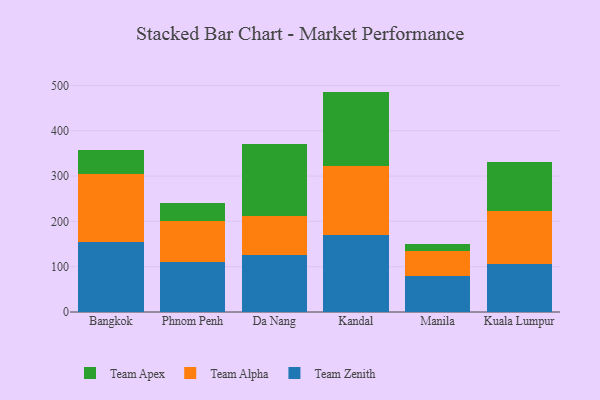
{"axis": {"x": "City", "y": "Tickets Resolved"}, "legend": ["Team Alpha", "Team Apex", "Team Zenith"], "data": [{"x": "Bangkok", "y": 155.1, "type": "Team Zenith"}, {"x": "Bangkok", "y": 149.9, "type": "Team Alpha"}, {"x": "Bangkok", "y": 51.9, "type": "Team Apex"}, {"x": "Phnom Penh", "y": 109.5, "type": "Team Zenith"}, {"x": "Phnom Penh", "y": 91.9, "type": "Team Alpha"}, {"x": "Phnom Penh", "y": 38.2, "type": "Team Apex"}, {"x": "Da Nang", "y": 124.9, "type": "Team Zenith"}, {"x": "Da Nang", "y": 87.4, "type": "Team Alpha"}, {"x": "Da Nang", "y": 157.4, "type": "Team Apex"}, {"x": "Kandal", "y": 170.2, "type": "Team Zenith"}, {"x": "Kandal", "y": 152.1, "type": "Team Alpha"}, {"x": "Kandal", "y": 164.1, "type": "Team Apex"}, {"x": "Manila", "y": 78.8, "type": "Team Zenith"}, {"x": "Manila", "y": 56.4, "type": "Team Alpha"}, {"x": "Manila", "y": 14.6, "type": "Team Apex"}, {"x": "Kuala Lumpur", "y": 105.2, "type": "Team Zenith"}, {"x": "Kuala Lumpur", "y": 118.8, "type": "Team Alpha"}, {"x": "Kuala Lumpur", "y": 107.6, "type": "Team Apex"}]}